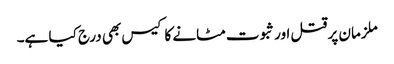
ملزمان پر قتل اور ثبوت مٹانے کا کیس بھی درج کیا ہے۔